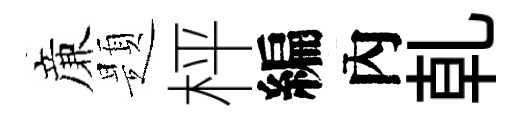
亷題枰編內乹